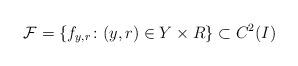
LaTeX: \begin{align*}\mathcal{F} =\{ f_{y,r}\colon (y,r)\in Y\times R\}\subset C^2(I)\end{align*}